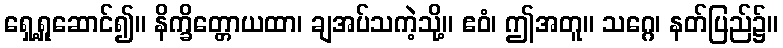
ရှေ့ရှုဆောင်၍။ နိက္ခိတ္တောယထာ၊ ချအပ်သကဲ့သို့။ ဧဝံ၊ ဤအတူ။ သဂ္ဂေ၊ နတ်ပြည်၌။